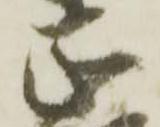
正